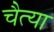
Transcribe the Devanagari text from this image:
चैत्या